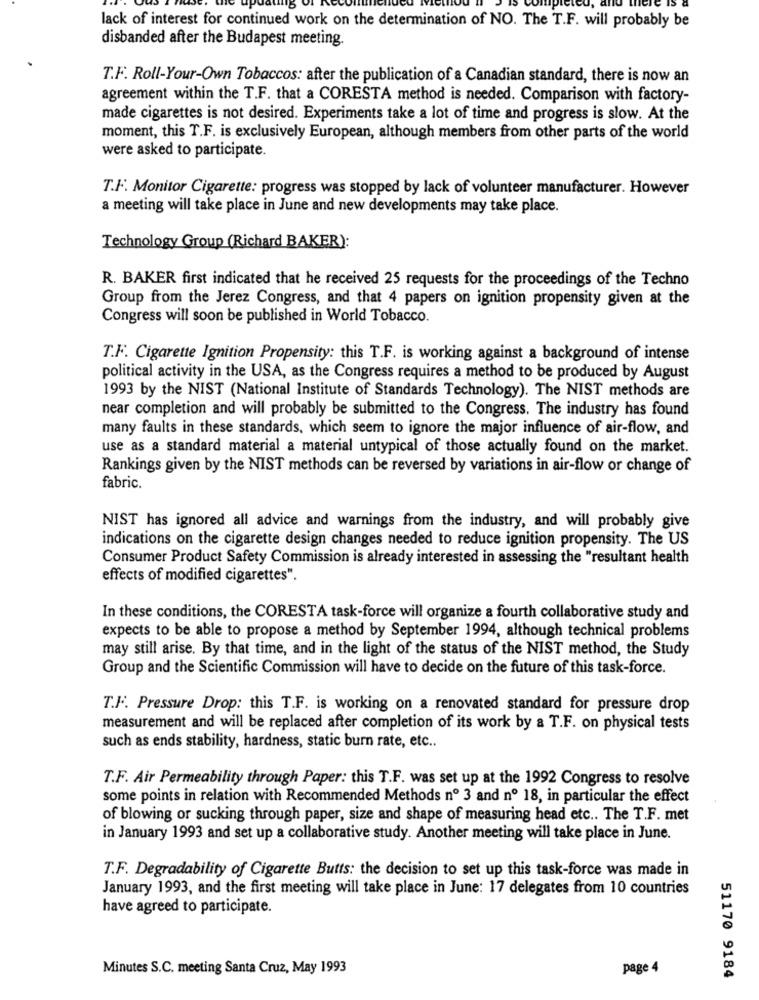
lack of interest for continued work on the determination of NO. The T.F. will probably be
disbanded after the Budapest meeting.
T.F. Roll-Your-Own Tobaccos: after the publication of a Canadian standard, there is now an
agreement within the T.F. that a CORESTA method is needed. Comparison with factory-
made cigarettes is not desired. Experiments take a lot of time and progress is slow. At the
moment, this T.F. is exclusively European, although members from other parts of the world
were asked to participate.
T.F. Monitor Cigarette: progress was stopped by lack of volunteer manufacturer. However
a meeting will take place in June and new developments may take place.
Technology Group (Richard BAKER):
R. BAKER first indicated that he received 25 requests for the proceedings of the Techno
Group from the Jerez Congress, and that 4 papers on ignition propensity given at the
Congress will soon be published in World Tobacco.
T.F. Cigarette Ignition Propensity: this T.F. is working against a background of intense
political activity in the USA, as the Congress requires a method to be produced by August
1993 by the NIST (National Institute of Standards Technology). The NIST methods are
near completion and will probably be submitted to the Congress. The industry has found
many faults in these standards, which seem to ignore the major influence of air-flow, and
use as a standard material a material untypical of those actually found on the market.
Rankings given by the NIST methods can be reversed by variations in air-flow or change of
fabric.
NIST has ignored all advice and warnings from the industry, and will probably give
indications on the cigarette design changes needed to reduce ignition propensity. The US
Consumer Product Safety Commission is already interested in assessing the "resultant health
effects of modified cigarettes".
In these conditions, the CORESTA task-force will organize a fourth collaborative study and
expects to be able to propose a method by September 1994, although technical problems
may still arise. By that time, and in the light of the status of the NIST method, the Study
Group and the Scientific Commission will have to decide on the future of this task-force.
T.F. Pressure Drop: this T.F. is working on a renovated standard for pressure drop
measurement and will be replaced after completion of its work by a T.F. on physical tests
such as ends stability, hardness, static burn rate, etc ..
T.F. Air Permeability through Paper: this T.F. was set up at the 1992 Congress to resolve
some points in relation with Recommended Methods nº 3 and nº 18, in particular the effect
of blowing or sucking through paper, size and shape of measuring head etc .. The T.F. met
in January 1993 and set up a collaborative study. Another meeting will take place in June.
T.F. Degradability of Cigarette Butts: the decision to set up this task-force was made in
January 1993, and the first meeting will take place in June: 17 delegates from 10 countries
have agreed to participate.
Minutes S.C. meeting Santa Cruz, May 1993
page 4
51170 9184